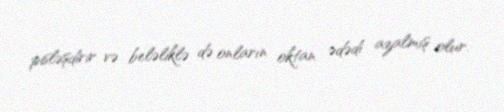
pisləşdirir və beləliklə də onların oktan ədədi azalmış olur.